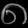
Digit: ၈